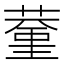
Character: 𦸨